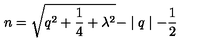
n = \sqrt { q ^ { 2 } + \frac 1 4 + \lambda ^ { 2 } } - \mid q \mid - \frac 1 2